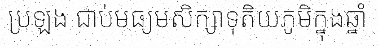
ប្រឡង ជាប់មធ្យមសិក្សាទុតិយភូមិក្នុងឆ្នាំ